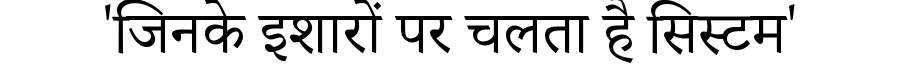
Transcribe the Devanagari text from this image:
'जिनके इशारों पर चलता है सिस्टम'